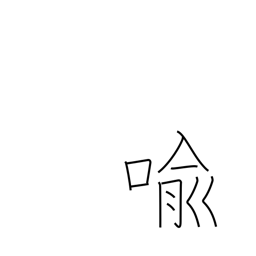
Meaning: metaphor